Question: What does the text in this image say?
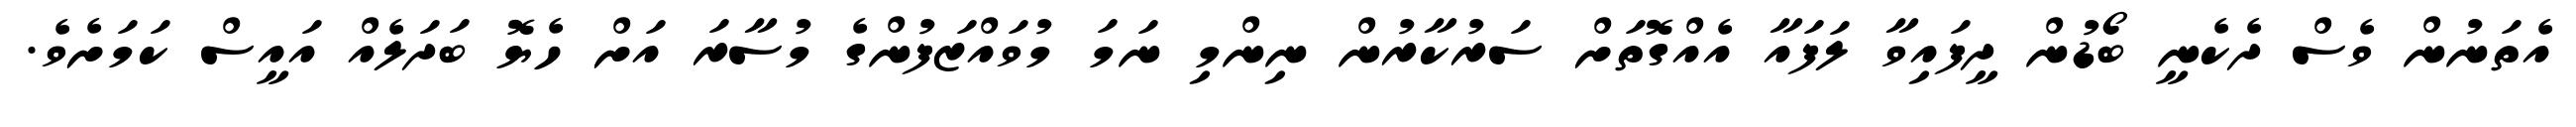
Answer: އެތަނުން ވެސް ދެކެނީ ބޯޑުން ދީފައިވާ ލަފައާ އެއްގޮތަށް ސަރުކާރުން ނިންމި ނަމަ މުވައްޒަފުންގެ މުސާރަ އަށް ހެޔޮ ބަދަލެއް އައީސް ކަމަށެވެ.